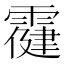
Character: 𩅋